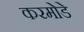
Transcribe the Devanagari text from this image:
करमोडे